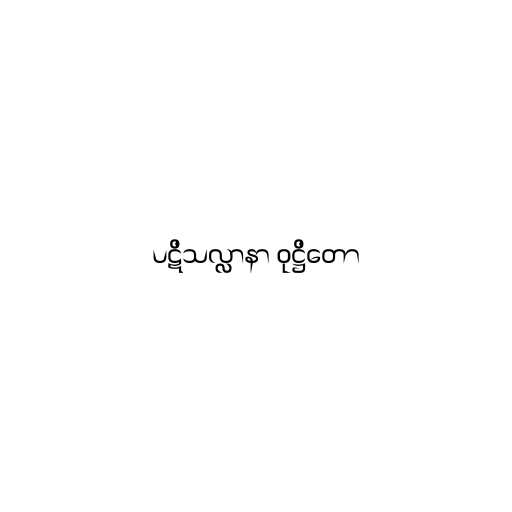
ပဋိသလ္လာနာ ဝုဋ္ဌိတော